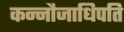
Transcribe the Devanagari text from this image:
कन्नौजाधिपति